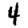
Digit: 4